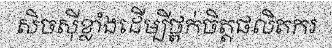
សិចស៊ីខ្លាំងដើម្បីថ្ពក់ចិត្តផលិតករ